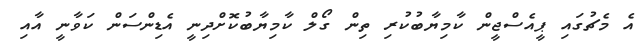
އެ މެޗުގައި ޕީއެސްޖީން ކާމިޔާބުކުރި ތިން ގޯލް ކާމިޔާބުކޮށްދިނީ އެޑިންސަން ކަވާނީ އާއި